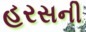
હરસની